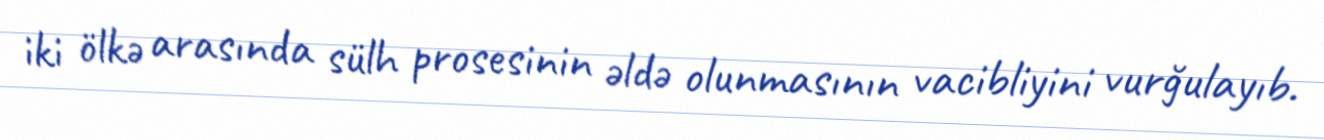
iki ölkə arasında sülh prosesinin əldə olunmasının vacibliyini vurğulayıb.